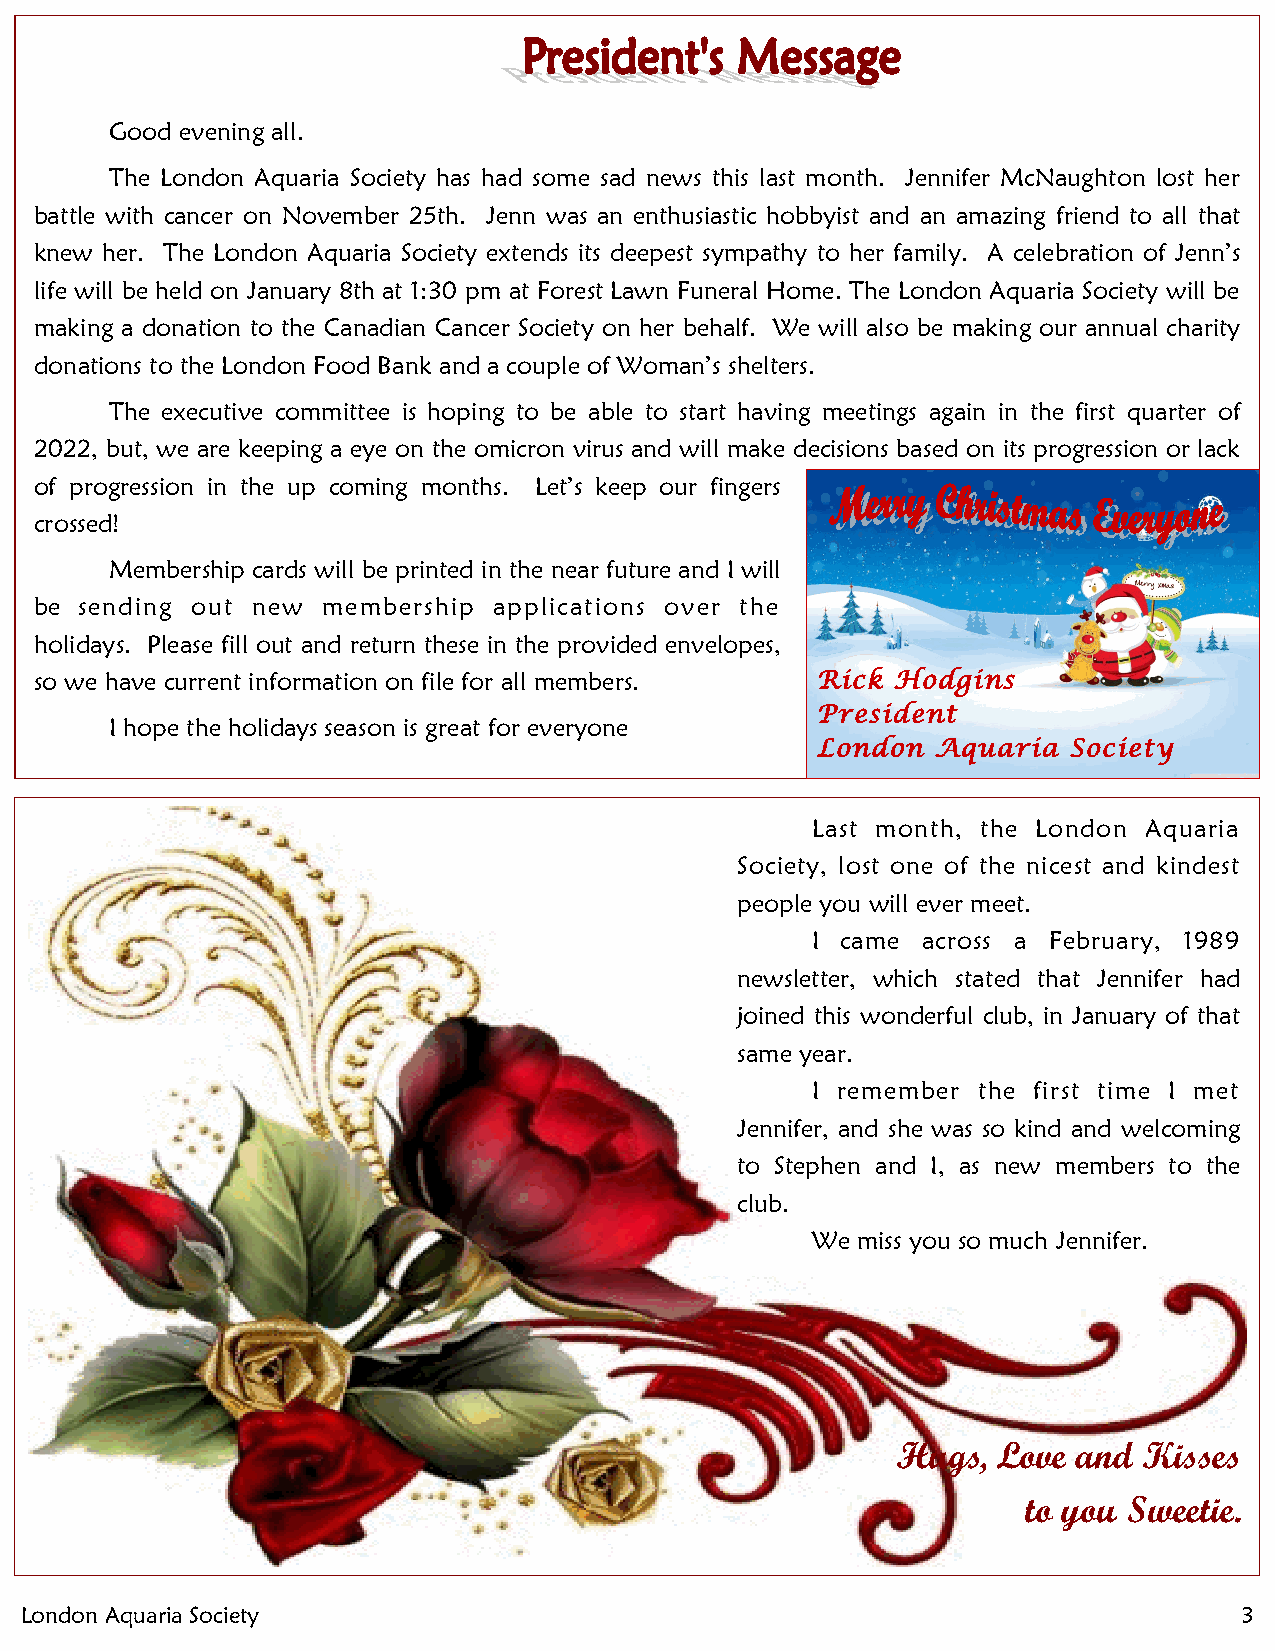
Good evening all.
 The London Aquaria Society has had some sad news this last month. Jennifer McNaughton lost her
 battle with cancer on November 25th. Jenn was an enthusiastic hobbyist and an amazing friend to all that
 knew her. The London Aquaria Society extends its deepest sympathy to her family. A celebration of Jenn’s
 life will be held on January 8th at 1:30 pm at Forest Lawn Funeral Home. The London Aquaria Society will be
 making a donation to the Canadian Cancer Society on her behalf. We will also be making our annual charity
 donations to the London Food Bank and a couple of Woman’s shelters.
 The executive committee is hoping to be able to start having meetings again in the first quarter of
 2022, but, we are keeping a eye on the omicron virus and will make decisions based on its progression or lack
 of progression in the up coming months. Let’s keep our fingers
 crossed!
 Membership cards will be printed in the near future and I will
 be sending out new membership  applications over the
 holidays. Please fill out and return these in the provided envelopes,
 so we have current information on file for all members. Rick Hodgins
 President
 I hope the holidays season is great for everyone
 London  Aquaria  Society
 Last month, the London Aquaria
 Society, lost one of the nicest and kindest
 people you will ever meet.
 I came across a February, 1989
 newsletter, which stated that Jennifer had
 joined this wonderful club, in January of that
 same year.
 I remember the first time I met
 Jennifer, and she was so kind and welcoming
 to Stephen and I, as new members to the
 club.
 We miss you so much Jennifer.
 Hugs,  Love and  Kisses
 to you Sweetie.
 London Aquaria Society                                                           3